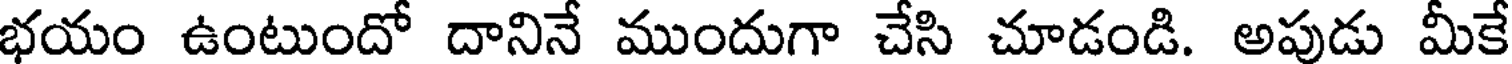
భయం ఉంటుందో దానినే ముందుగా చేసి చూడండి. అపుడు మీకే